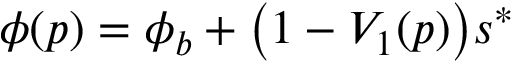
\phi ( p ) = \phi _ { b } + \big ( 1 - V _ { 1 } ( p ) \big ) s ^ { * }